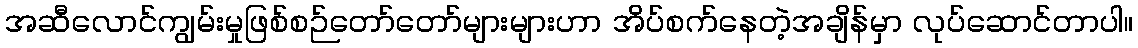
အဆီလောင်ကျွမ်းမှုဖြစ်စဉ်တော်တော်များများဟာ အိပ်စက်နေတဲ့အချိန်မှာ လုပ်ဆောင်တာပါ။